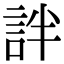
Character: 詊